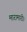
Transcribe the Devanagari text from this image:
मारामारी।